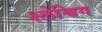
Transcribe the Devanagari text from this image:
श्लेश्विग